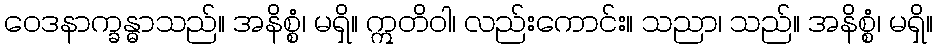
ဝေဒနာက္ခန္ဓာသည်။ အနိစ္စံ၊ မရှိ။ ဣတိဝါ၊ လည်းကောင်း။ သညာ၊ သည်။ အနိစ္စံ၊ မရှိ။